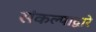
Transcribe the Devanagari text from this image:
संकल्पाद्वारे